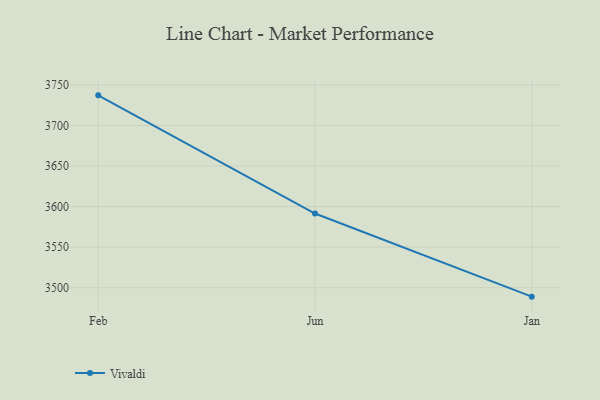
{"axis": {"x": "Month", "y": "Shipments"}, "legend": ["Vivaldi"], "data": [{"x": "Feb", "y": 3737.1, "type": "Vivaldi"}, {"x": "Jun", "y": 3591.4, "type": "Vivaldi"}, {"x": "Jan", "y": 3488.9, "type": "Vivaldi"}]}